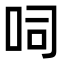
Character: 呞